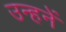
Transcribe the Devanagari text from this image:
उन्हनें